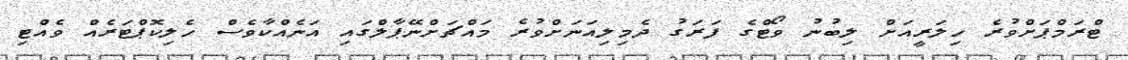
ޓްރަމްޕަށްވުރެ ހިލަރީއަށް ލިބުނު ވޯޓްގެ ފަރަގު ދެމިލިއަނަށްވުރެ މައްޗަށްނޭޕާލްގައި އަނެއްކާވެސް ހެލިކޮޕްޓަރެއް ވެއްޓި